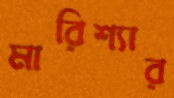
মারিশ্যার